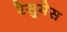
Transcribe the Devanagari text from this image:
रेसुमेस